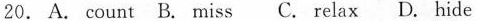
20. A. count B. miss C. relax D. hide